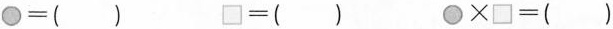
$$\bigcirc=（ ）\square=（ ）\bigcirc\times\square=（ ）$$